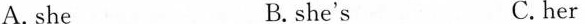
A. she B.she's C.her